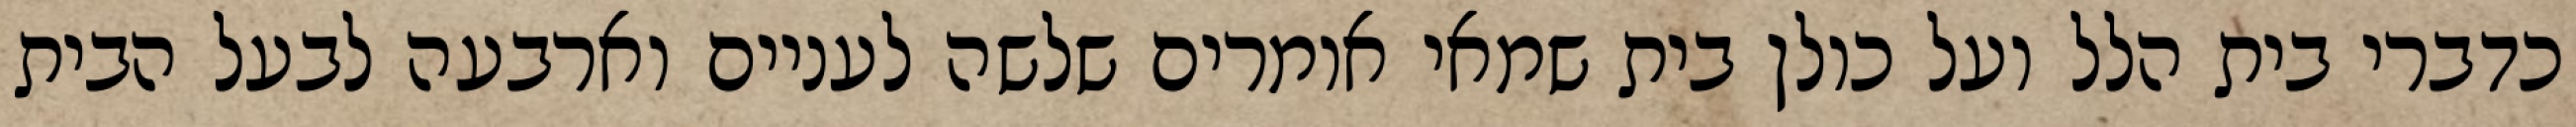
כדברי בית הלל ועל כולן בית שמאי אומרים שלשה לעניים וארבעה לבעל הבית